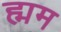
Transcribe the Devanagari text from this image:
ह्मम